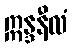
ဣန္ဒနီလံ